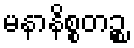
မနာနိစ္စတဉ္စ